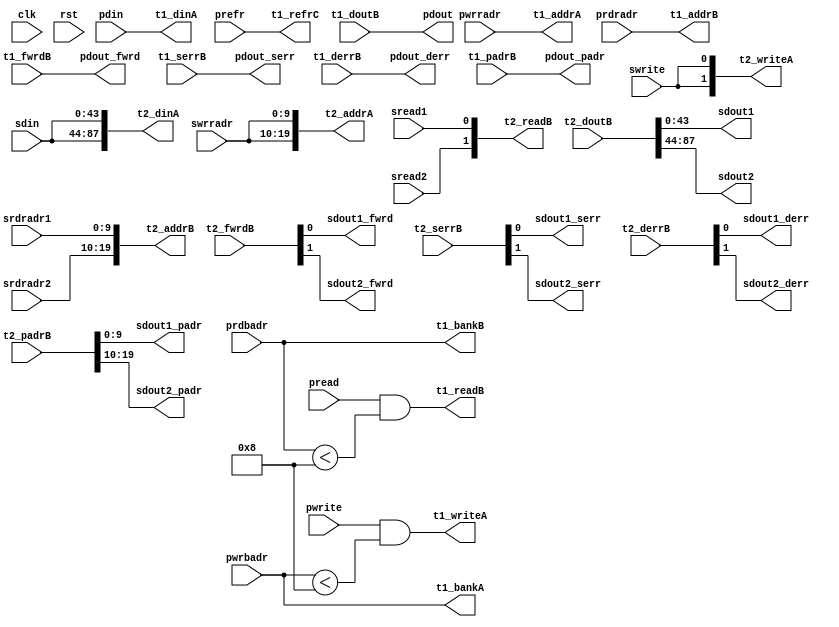
module mux_1r1w_rl2_pseudo (clk, rst,
                            prefr,
		            pwrite, pwrbadr, pwrradr, pdin,
		            pread, prdbadr, prdradr, pdout, pdout_fwrd, pdout_serr, pdout_derr, pdout_padr,
		            swrite, swrradr, sdin,
                            sread1, srdradr1, sdout1, sdout1_fwrd, sdout1_serr, sdout1_derr, sdout1_padr,
                            sread2, srdradr2, sdout2, sdout2_fwrd, sdout2_serr, sdout2_derr, sdout2_padr,
                            t1_writeA, t1_bankA, t1_addrA, t1_dinA,
                            t1_readB, t1_bankB, t1_addrB, t1_doutB, t1_fwrdB, t1_serrB, t1_derrB, t1_padrB, t1_refrC,
                            t2_writeA, t2_addrA, t2_dinA, t2_readB, t2_addrB, t2_doutB, t2_fwrdB, t2_serrB, t2_derrB, t2_padrB);

  parameter WIDTH   = 32;
  parameter BITWDTH = 5;

  parameter NUMVROW = 1024;
  parameter BITVROW = 10;
  parameter NUMVBNK = 8;
  parameter BITVBNK = 3;
  parameter BITPADR = 10;
  parameter SRAM_DELAY = 2;
  parameter DRAM_DELAY = 2;
  parameter ECCBITS = 4;

  parameter SDOUT_WIDTH = 2*(BITVBNK+1)+ECCBITS;

input clk;
input rst;

input prefr;

input pread;
input [BITVBNK-1:0] prdbadr;
input [BITVROW-1:0] prdradr;
output [WIDTH-1:0] pdout;
output pdout_fwrd;
output pdout_serr;
output pdout_derr;
output [BITPADR-1:0] pdout_padr;

input pwrite;
input [BITVBNK-1:0] pwrbadr;
input [BITVROW-1:0] pwrradr;
input [WIDTH-1:0] pdin;

input sread1;
input [BITVROW-1:0] srdradr1;
output [SDOUT_WIDTH+WIDTH-1:0] sdout1;
output sdout1_fwrd;
output sdout1_serr;
output sdout1_derr;
output [BITPADR-1:0] sdout1_padr;

input sread2;
input [BITVROW-1:0] srdradr2;
output [SDOUT_WIDTH+WIDTH-1:0] sdout2;
output sdout2_fwrd;
output sdout2_serr;
output sdout2_derr;
output [BITPADR-1:0] sdout2_padr;

input swrite;
input [BITVROW-1:0] swrradr;
input [SDOUT_WIDTH+WIDTH-1:0] sdin;

output [1-1:0] t1_writeA;
output [1*BITVBNK-1:0] t1_bankA;
output [1*BITVROW-1:0] t1_addrA;
output [1*WIDTH-1:0] t1_dinA;
output [1-1:0] t1_readB;
output [1*BITVBNK-1:0] t1_bankB;
output [1*BITVROW-1:0] t1_addrB;
input [1*WIDTH-1:0] t1_doutB;
input [1-1:0] t1_fwrdB;
input [1-1:0] t1_serrB;
input [1-1:0] t1_derrB;
input [1*BITPADR-1:0] t1_padrB;
output [1-1:0] t1_refrC;

output [2-1:0] t2_writeA;
output [2*BITVROW-1:0] t2_addrA;
output [2*(SDOUT_WIDTH+WIDTH)-1:0] t2_dinA;

output [2-1:0] t2_readB;
output [2*BITVROW-1:0] t2_addrB;
input [2*(SDOUT_WIDTH+WIDTH)-1:0] t2_doutB;
input [2-1:0] t2_fwrdB;
input [2-1:0] t2_serrB;
input [2-1:0] t2_derrB;
input [2*BITPADR-1:0] t2_padrB;

assign t1_writeA = pwrite && (pwrbadr < NUMVBNK);
assign t1_bankA = pwrbadr;
assign t1_addrA = pwrradr;
assign t1_dinA = pdin;

assign t1_readB = pread && (prdbadr < NUMVBNK);
assign t1_bankB = prdbadr;
assign t1_addrB = prdradr;
assign pdout = t1_doutB;
assign pdout_fwrd = t1_fwrdB;
assign pdout_serr = t1_serrB;
assign pdout_derr = t1_derrB;
assign pdout_padr = t1_padrB;

assign t1_refrC = prefr;

assign t2_writeA = {2{swrite}};
assign t2_addrA = {2{swrradr}};
assign t2_dinA = {2{sdin}};

assign t2_readB = {sread2,sread1};
assign t2_addrB = {srdradr2,srdradr1};

assign sdout1 = t2_doutB;
assign sdout1_fwrd = t2_fwrdB;
assign sdout1_serr = t2_serrB;
assign sdout1_derr = t2_derrB;
assign sdout1_padr = t2_padrB;

assign sdout2 = t2_doutB >> (SDOUT_WIDTH+WIDTH);
assign sdout2_fwrd = t2_fwrdB >> 1;
assign sdout2_serr = t2_serrB >> 1;
assign sdout2_derr = t2_derrB >> 1;
assign sdout2_padr = t2_padrB >> BITPADR;

endmodule